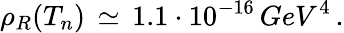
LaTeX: \rho_{R}(T_{n})\, \simeq\, 1.1\cdot 10^{-16}\, GeV^{4}\, .